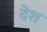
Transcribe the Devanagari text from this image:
देेश